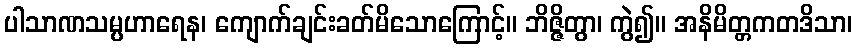
ပါသာဏသမ္ပဟာရေန၊ ကျောက်ချင်းခတ်မိသောကြောင့်။ ဘိဇ္ဇိတွာ၊ ကွဲ၍။ အနိမိတ္တကတဒိသာ၊